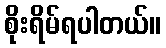
စိုးရိမ်ရပါတယ်။